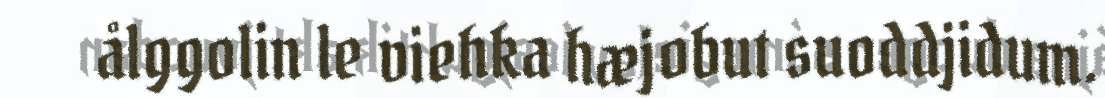
ålggolin le viehka hæjobut suoddjidum.